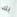
بك